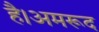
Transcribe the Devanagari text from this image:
है।अमरूद